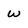
Character: W